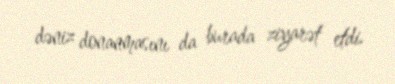
dəniz donanmasını da burada ziyarət etdi.